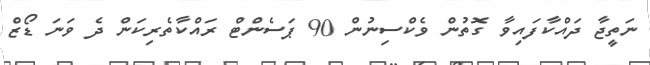
ނަތީޖާ ދައްކާފައިވާ ގޮތުން ވެކްސިނުން 90 ޕަސެންޓް ރައްކާތެރިކަން ދެ ވަނަ ޑޯޒް